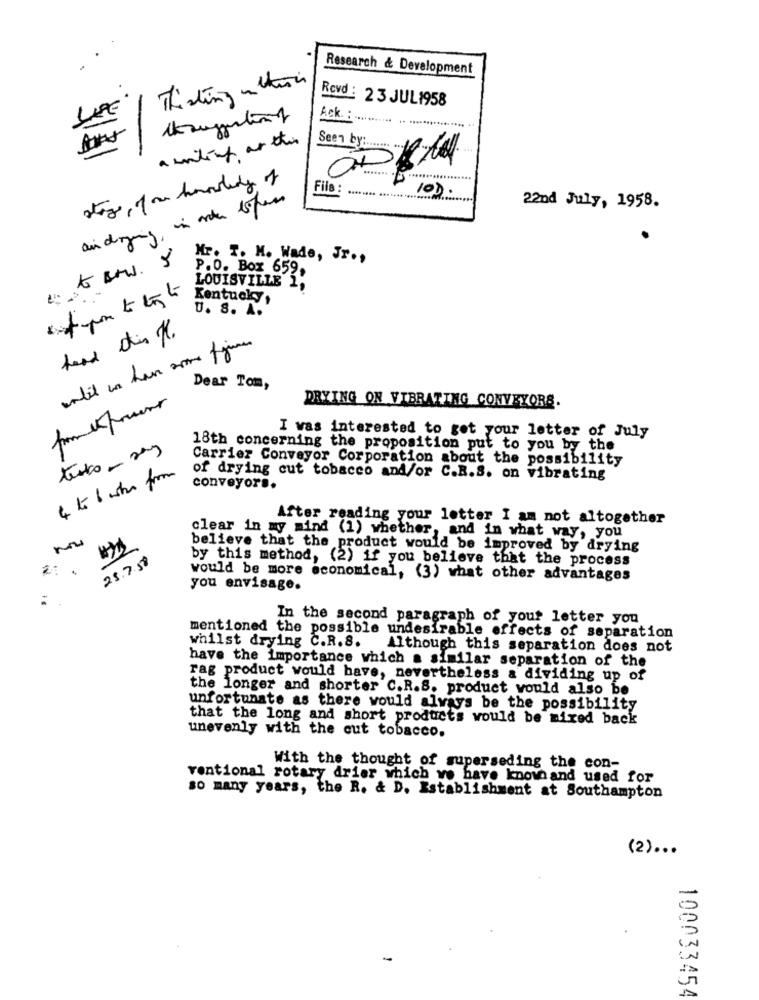
.
Research & Development
Thisting u chun
10€
Rovd : 23 JUL1958
Ack. :
File :
100.
..... ......
Sen
22nd July, 1958.
Mr. T. M. Wade, Jr .,
P.O. Box 659,
LOUISVILLE 1,
Kentucky,
U. S. A.
Dear Tom,
DRYING ON VIBRATING CONVEYORS.
I was interested to get your letter of July
texto - sas
18th concerning the proposition put to you by the
Carrier Conveyor Corporation about the possibility
4 to 6 who from
of drying cut tobacco and/or C.R.S. on vibrating
conveyor ..
After reading your letter I am not altogether
clear in my mind (1) whether, and in what way, you
believe that the product would be improved by drying
25.7.50
by this method, (2) if you believe that the process
2:
would be more economical, (3) what other advantages
you envisage.
:
In the second paragraph of your letter you
mentioned the possible undesirable effects of separation
whilst drying C.R.8.
Although this separation does not
have the importance which a similar separation of the
rag product would have, nevertheless a dividing up of
the longer and shorter C.R.S. product would also be
unfortunate as there would always be the possibility
that the long and short products would be mixed back
unevenly with the cut tobacco.
With the thought of superseding the con-
ventional rotary drier which we have knownand used for
so many years, the R. & D. Establishment at Southampton
(2) ...
100033454